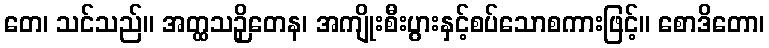
တေ၊ သင်သည်။ အတ္ထသဉှိတေန၊ အကျိုးစီးပွားနှင့်စပ်သောစကားဖြင့်။ စောဒိတော၊